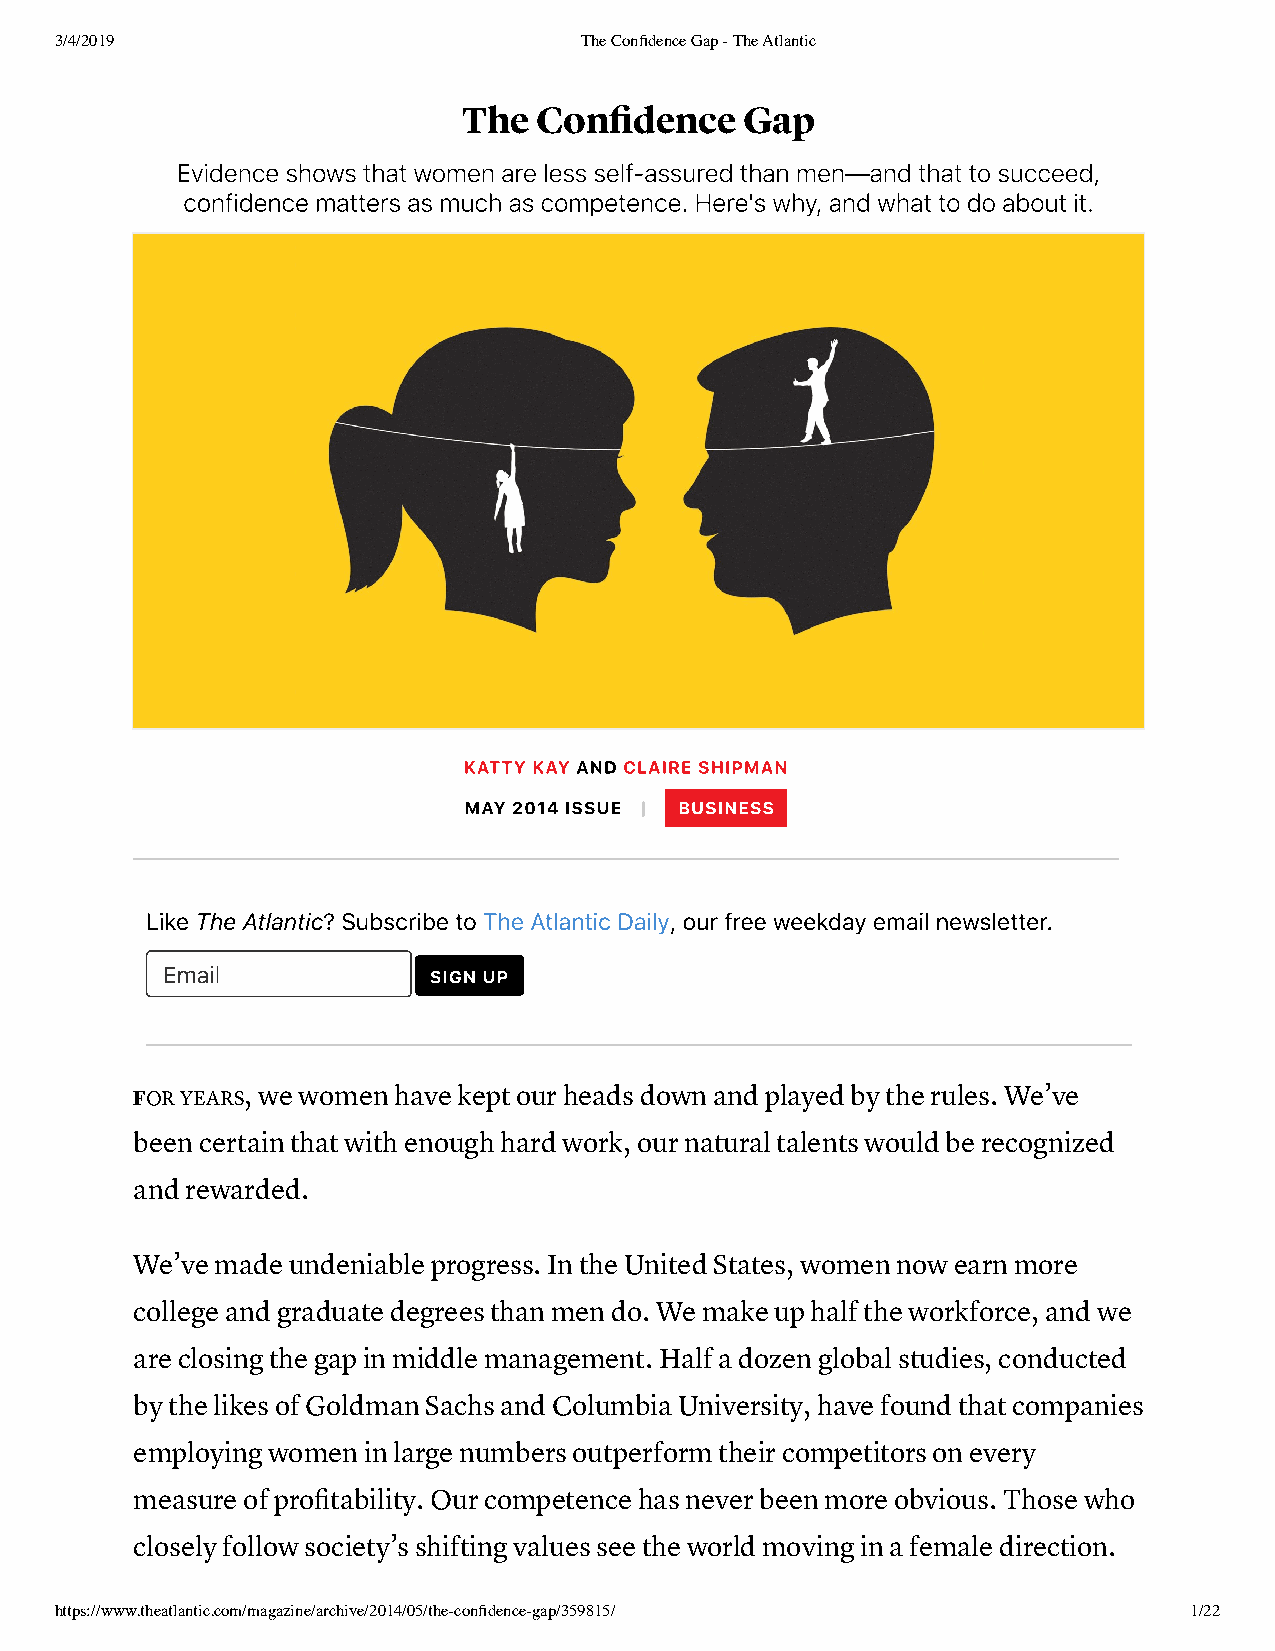
3/4/2019                          The Confidence Gap - The Atlantic
 The Confidence    Gap
 Evidence shows that women are less self‑assured than men—and that to succeed,
 confidence matters as much as competence. Here's why, and what to do about it.
 KATTY KAY AND CLAIRE SHIPMAN
 MAY 2014 ISSUE | BUSINESS
 Like T he Atlantic? Subscribe to T he Atlantic Daily, our free weekday email newsletter.
 Email
 SIGN UP
 FOR YEARS, we women have kept our heads down and played by the rules. We’ve
 been certain that with enough hard work, our natural talents would be recognized
 and rewarded.
 We’ve made undeniable progress. In the United States, women now earn more
 college and graduate degrees than men do. We make up half the workforce, and we
 are closing the gap in middle management. Half a dozen global studies, conducted
 by the likes of Goldman Sachs and Columbia University, have found that companies
 employing women in large numbers outperform their competitors on every
 measure of profitability. Our competence has never been more obvious. Those who
 closely follow society’s shifting values see the world moving in a female direction.
 https://www.theatlantic.com/magazine/archive/2014/05/the-confidence-gap/359815/ 1/22